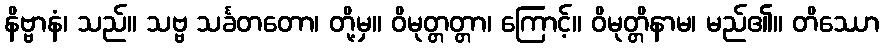
နိဗ္ဗာနံ၊ သည်။ သဗ္ဗ သင်္ခတတော၊ တို့မှ။ ဝိမုတ္တတ္တာ၊ ကြောင့်။ ဝိမုတ္တိနာမ၊ မည်၏။ တိဿော